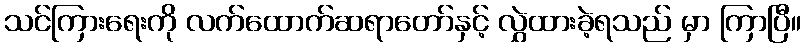
သင်ကြားရေးကို လက်ထောက်ဆရာတော်နှင့် လွှဲထားခဲ့ရသည် မှာ ကြာပြီ။